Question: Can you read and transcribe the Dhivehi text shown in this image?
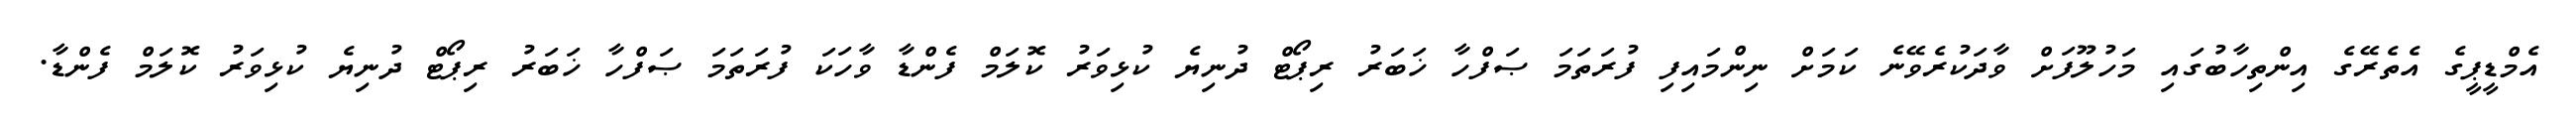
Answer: އެމްޑީޕީގެ އެތެރޭގެ އިންތިހާބުގައި މަހުލޫފަށް ވާދަކުރެވޭނެ ކަމަށް ނިންމައިފި ފުރަތަމަ ޞަފްހާ ޚަބަރު ރިޕޯޓް ދުނިޔެ ކުޅިވަރު ކޮލަމް ފެންޑާ ވާހަކަ ފުރަތަމަ ޞަފްހާ ޚަބަރު ރިޕޯޓް ދުނިޔެ ކުޅިވަރު ކޮލަމް ފެންޑާ.